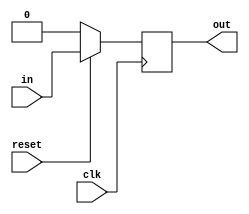
module DFF (
    input in, input clk, input reset, output reg out
);
    always @(posedge clk ) begin
        if (reset == 1'b0) begin
            out <= 1'b0;
        end
        else begin
            out <= in;
        end
    end
endmodule